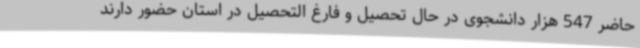
حاضر 547 هزار دانشجوی در حال تحصیل و فارغ التحصیل در استان حضور دارند